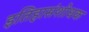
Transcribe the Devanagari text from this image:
इतिहासंशोधक